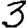
Digit: 3